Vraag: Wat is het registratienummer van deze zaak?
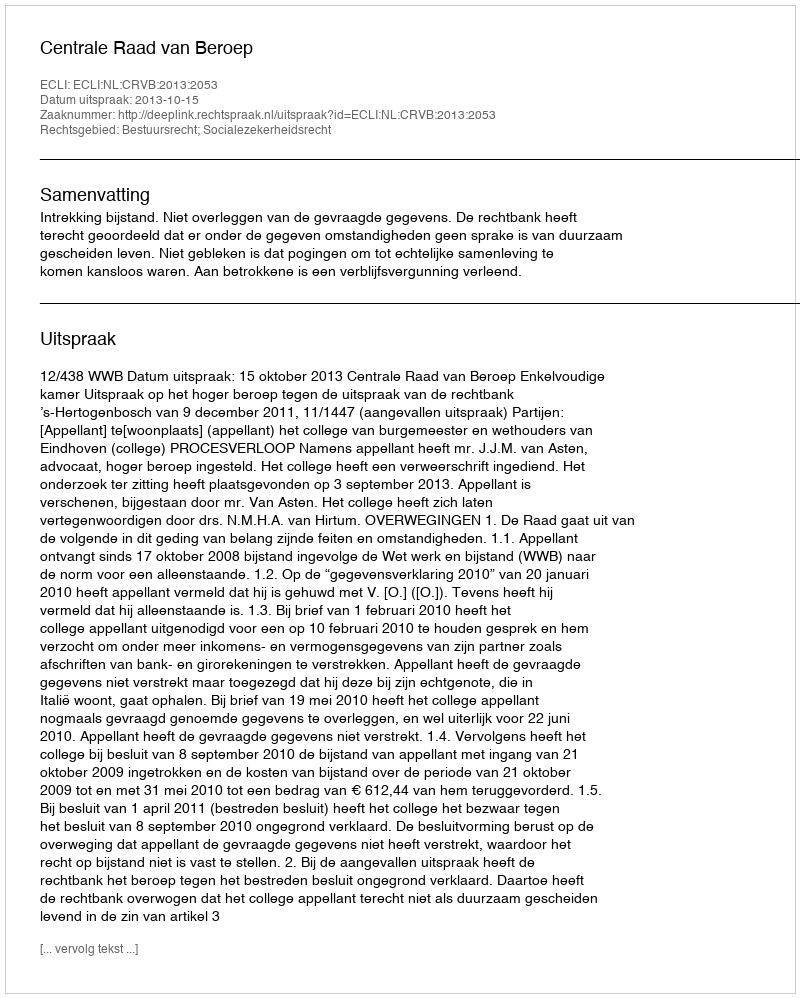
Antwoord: http://deeplink.rechtspraak.nl/uitspraak?id=ECLI:NL:CRVB:2013:2053